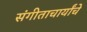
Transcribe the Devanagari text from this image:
संगीताचार्यांचे